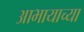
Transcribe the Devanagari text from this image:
आभायाच्या